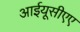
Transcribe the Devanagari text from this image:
आईयूसीएए